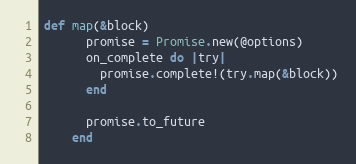
Language: Ruby
def map(&block)
      promise = Promise.new(@options)
      on_complete do |try|
        promise.complete!(try.map(&block))
      end

      promise.to_future
    end